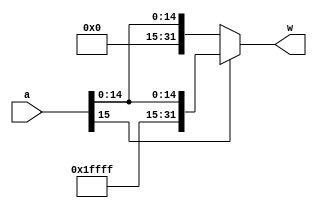
module Sign_Extend(
  input[15:0] a,
  output[31:0] w
);

assign w = a[15] ? {16'b1111111111111111, a} : {16'b0, a};
endmodule